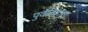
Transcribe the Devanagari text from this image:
पुर्वेतिहासा